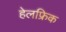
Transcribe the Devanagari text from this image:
हेलफ्रिक